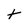
Character: t